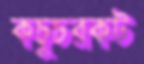
কচুচরকট